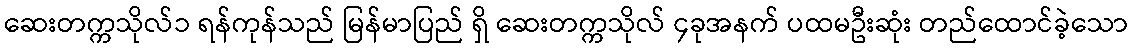
ဆေးတက္ကသိုလ်၁ ရန်ကုန်သည် မြန်မာပြည် ရှိ ဆေးတက္ကသိုလ် ၄ခုအနက် ပထမဦးဆုံး တည်ထောင်ခဲ့သော